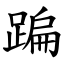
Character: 蹁